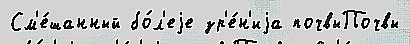
См'е́шанный бо́л'еjе зр'е́н'иjа почвыПочвы